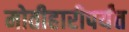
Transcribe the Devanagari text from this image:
मोतीहारीपर्यंत